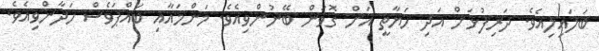
ބަލައިލިއެވެ. ދަރިފުޅަށް އަދި ހަޔާތީ އަށް ގޮވަން ބޭނުންވިއެވެ. މަންމައާއި ބައްޕަވެސް ހަދާންވިއެވެ.